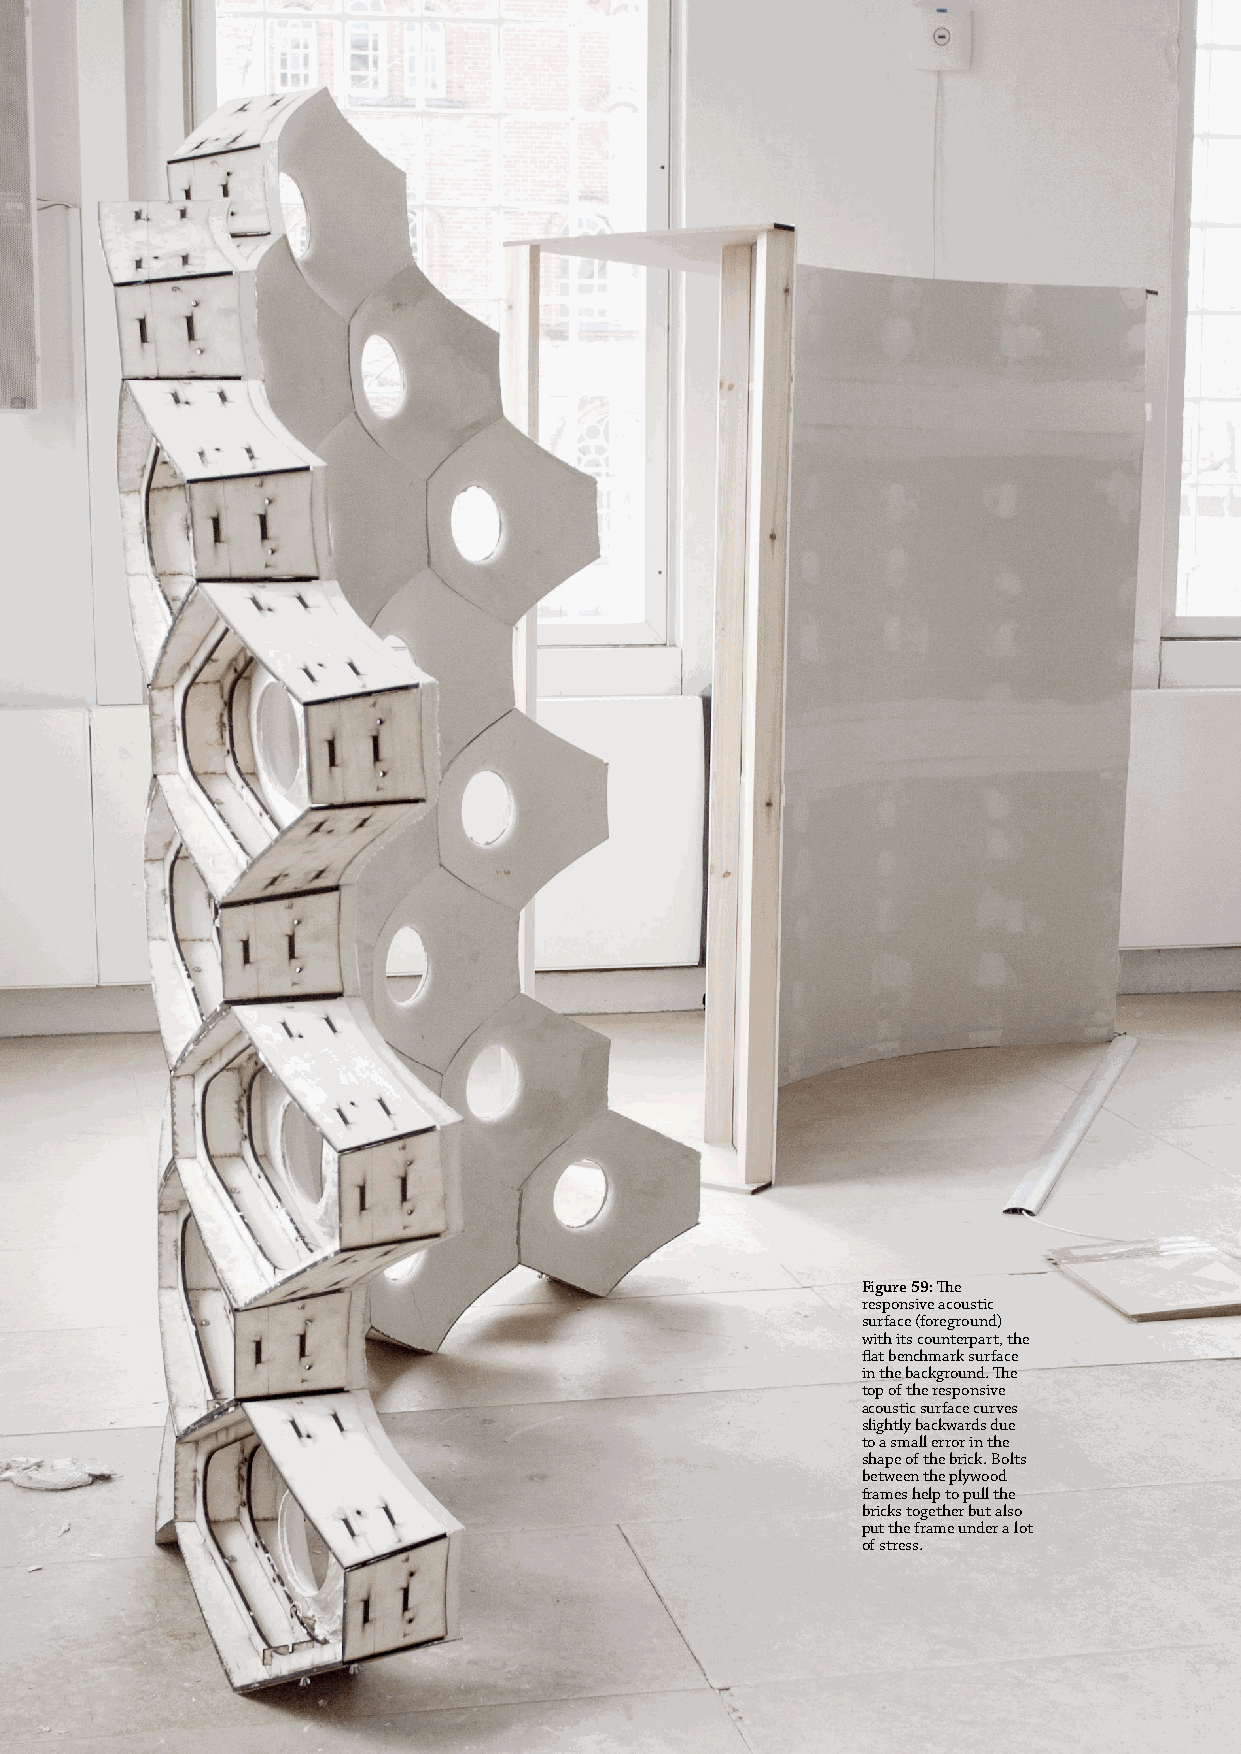
Figure 59: The
 responsive acoustic
 surface (foreground)
 with its counterpart, the
 flat benchmark surface
 in the background. The
 top of the responsive
 acoustic surface curves
 slightly backwards due
 to a small error in the
 shape of the brick. Bolts
 between the plywood
 frames help to pull the
 bricks together but also
 put the frame under a lot
 of stress.
 157